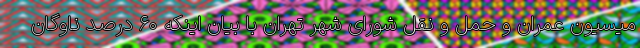
میسیون عمران و حمل و نقل شورای شهر تهران با بیان اینکه ۶۰ درصد ناوگان